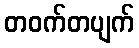
တဝက်တပျက်